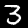
Label: 3